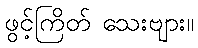
ဖွင့်ကြိတ် သေးဗျား။